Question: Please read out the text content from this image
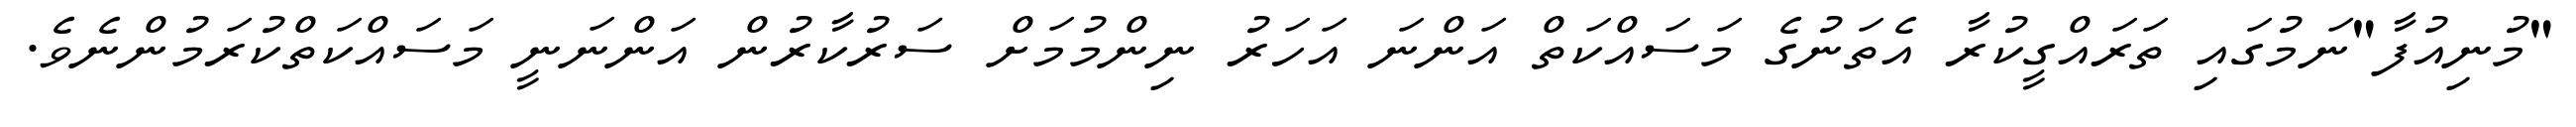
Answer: "މުނިއުފާ"ނަމުގައި ތަރައްގީކުރާ އެތަނުގެ މަސައްކަތް އަންނަ އަހަރު ނިންމުމަށް ސަރުކާރުން އަންނަނީ މަސައްކަތްކުރަމުންނެވެ.